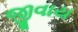
જીવાય